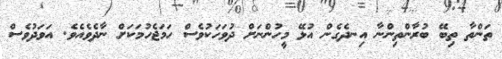
ތަންތާ ތިބޭ ބުރާންތިންނާ އިނދެގެން އުޅޭ މީހުންނަށް ދުވަހަކުވެސް ހަމަޖެހުމަކަށް ނާދެވެއެވެ. އަވަދުވެސް